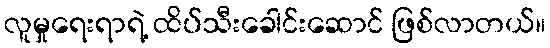
လူမှုရေးရာရဲ့ ထိပ်သီးခေါင်းဆောင် ဖြစ်လာတယ်။